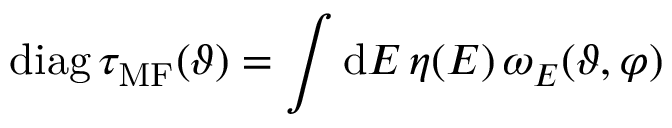
\mathrm { d i a g } \, \tau _ { \mathrm { M F } } ( \vartheta ) = \int \mathrm { d } E \, \eta ( E ) \, \omega _ { E } ( \vartheta , \varphi )